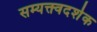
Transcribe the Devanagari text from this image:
सम्यक्त्वदर्शक